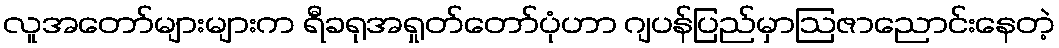
လူအတော်များများက ရီခရုအရှုတ်တော်ပုံဟာ ဂျပန်ပြည်မှာဩဇာညောင်းနေတဲ့